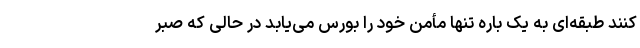
کنند طبقه‌ای به یک باره تنها مأمن خود را بورس می‌یابد در حالی که صبر